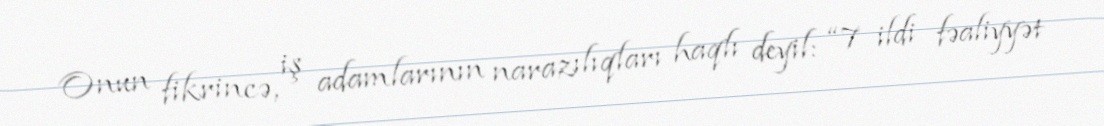
Onun fikrincə, iş adamlarının narazılıqları haqlı deyil: “7 ildi fəaliyyət